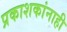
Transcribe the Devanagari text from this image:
प्रकाशकांनाही